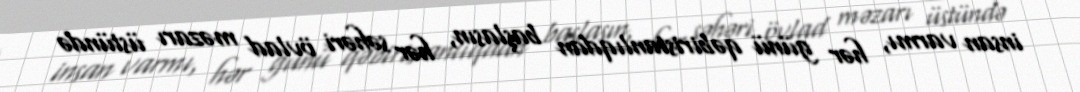
insan varmı, hər günü qəbiristanlıqdan başlasın, hər səhəri övlad məzarı üstündə